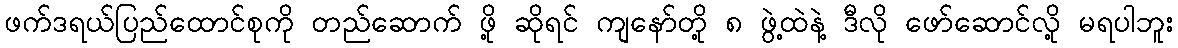
ဖက်ဒရယ်ပြည်ထောင်စုကို တည်ဆောက် ဖို့ ဆိုရင် ကျနော်တို့ ၈ ဖွဲ့ထဲနဲ့ ဒီလို ဖော်ဆောင်လို့ မရပါဘူး